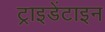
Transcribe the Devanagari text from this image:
ट्राइडेंटाइन